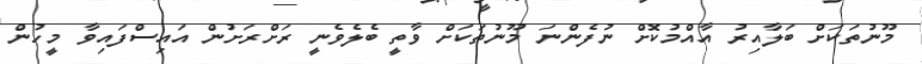
މޫނުތަކަށް ބަލާއިރު އާއްމުކޮށް ނުފެންނަ މޫނުތަކަށް ވާތީ ބެލެވެނީ ރަށްރަށުން އައިސްފައިވާ މީހުން